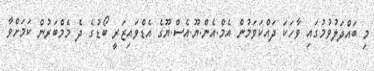
މި ބައްދަލުވުމުގައި ވާހަކަ ދައްކަވަމުން އެމް.އެން.ޔޫ.އެސް.ޔޫގެ އެޑްވައިޒަރީ ބޯޑުގެ ދެ މެމްބަރުން ކަމަށްވާ